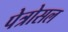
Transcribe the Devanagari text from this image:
पेत्रोसल